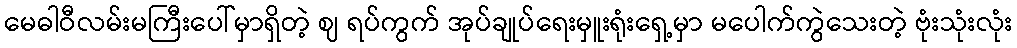
မေဓါဝီလမ်းမကြီးပေါ်မှာရှိတဲ့ ဈ ရပ်ကွက် အုပ်ချုပ်ရေးမှူးရုံးရှေ့မှာ မပေါက်ကွဲသေးတဲ့ ဗုံးသုံးလုံး